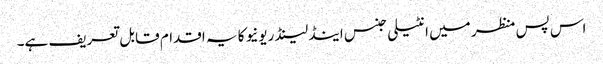
اس پس منظر میں انٹیلی جنس اینڈ لینڈ ریونیو کا یہ اقدام قابل تعریف ہے۔